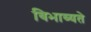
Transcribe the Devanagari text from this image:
विभाव्यते